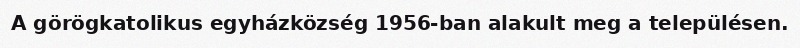
A görögkatolikus egyházközség 1956-ban alakult meg a településen.